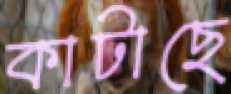
কাটাছে